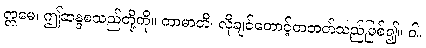
ဣမေ၊ ဤဆန္ဒစသည်တို့ကို။ ကာမာတိ၊ လိုချင်တောင့်တတတ်သည်ဖြစ်၍။ ဝါ၊